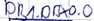
Text: DB1.DBX0.0